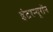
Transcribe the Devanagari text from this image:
इंटरन्यूरॉन